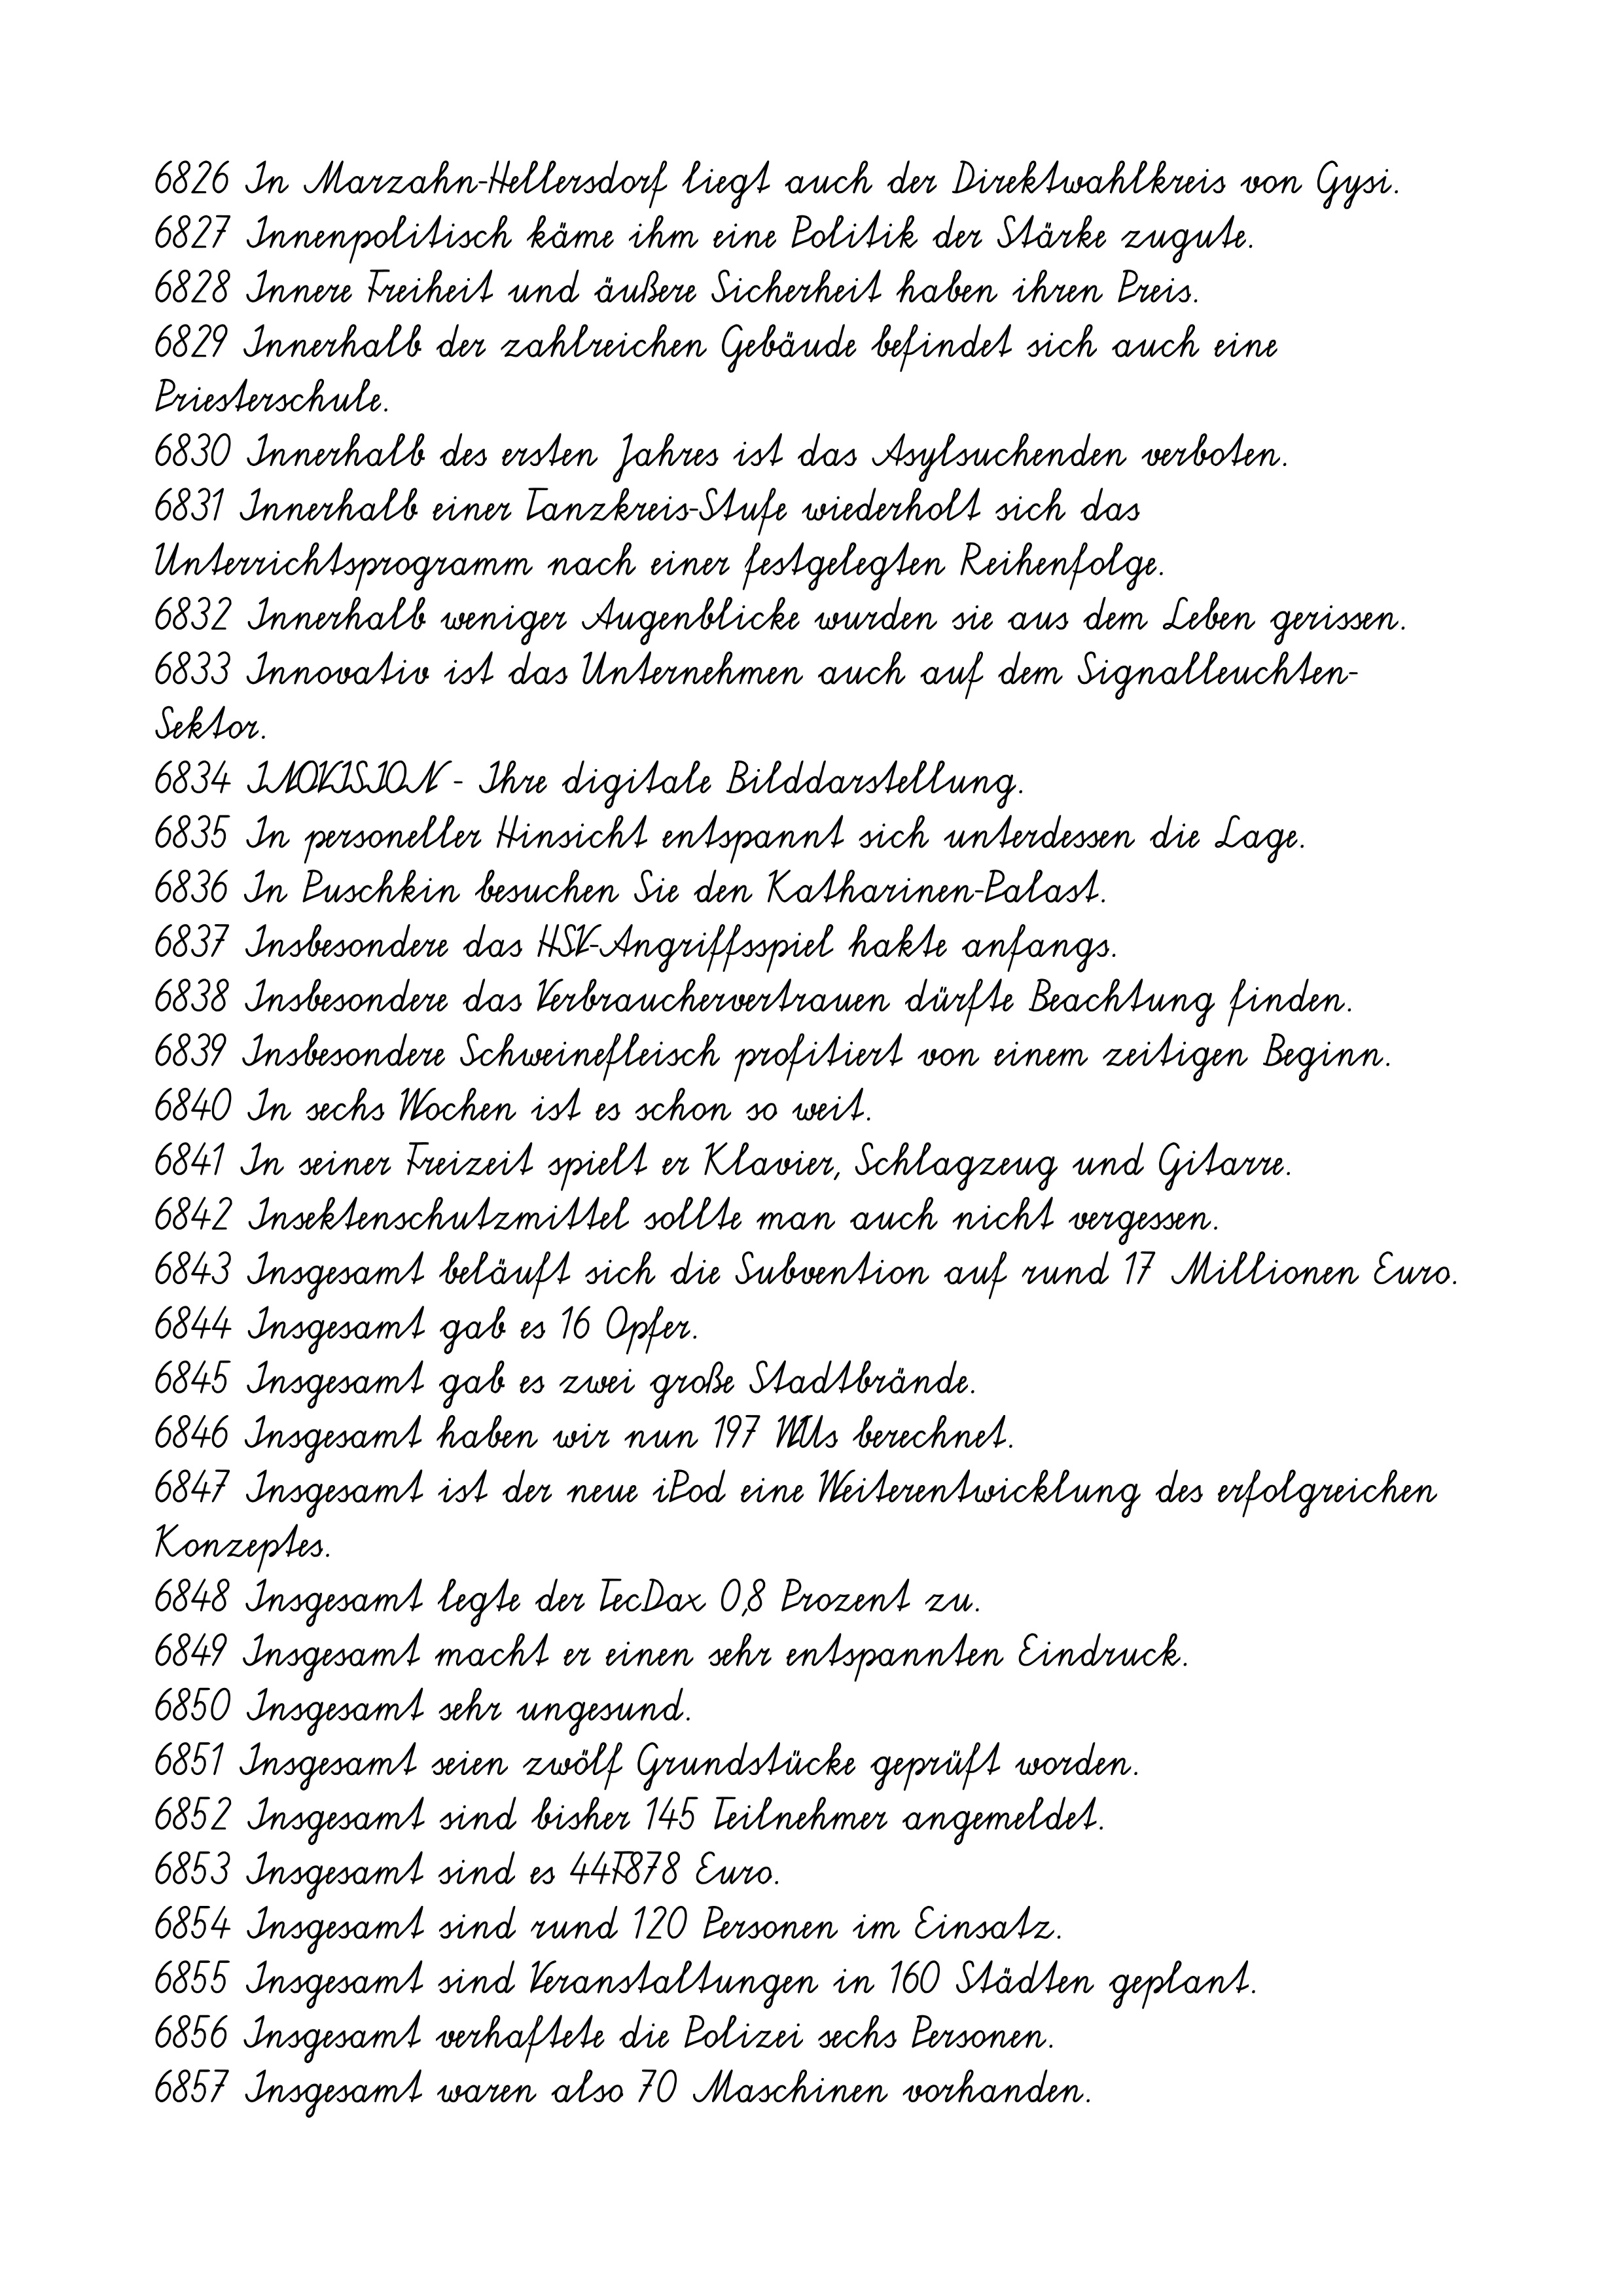
6826 In Marzahn-Hellersdorf liegt auch der Direktwahlkreis von Gysi.
6827 Innenpolitisch käme ihm eine Politik der Stärke zugute.
6828 Innere Freiheit und äußere Sicherheit haben ihren Preis.
6829 Innerhalb der zahlreichen Gebäude befindet sich auch eine
Priesterschule.
6830 Innerhalb des ersten Jahres ist das Asylsuchenden verboten.
6831 Innerhalb einer Tanzkreis-Stufe wiederholt sich das
Unterrichtsprogramm nach einer festgelegten Reihenfolge.
6832 Innerhalb weniger Augenblicke wurden sie aus dem Leben gerissen.
6833 Innovativ ist das Unternehmen auch auf dem Signalleuchten-
Sektor.
6834 INOVISION - Ihre digitale Bilddarstellung.
6835 In personeller Hinsicht entspannt sich unterdessen die Lage.
6836 In Puschkin besuchen Sie den Katharinen-Palast.
6837 Insbesondere das HSV-Angriffsspiel hakte anfangs.
6838 Insbesondere das Verbrauchervertrauen dürfte Beachtung finden.
6839 Insbesondere Schweinefleisch profitiert von einem zeitigen Beginn.
6840 In sechs Wochen ist es schon so weit.
6841 In seiner Freizeit spielt er Klavier, Schlagzeug und Gitarre.
6842 Insektenschutzmittel sollte man auch nicht vergessen.
6843 Insgesamt beläuft sich die Subvention auf rund 17 Millionen Euro.
6844 Insgesamt gab es 16 Opfer.
6845 Insgesamt gab es zwei große Stadtbrände.
6846 Insgesamt haben wir nun 197 WUs berechnet.
6847 Insgesamt ist der neue iPod eine Weiterentwicklung des erfolgreichen
Konzeptes.
6848 Insgesamt legte der TecDax 0,8 Prozent zu.
6849 Insgesamt macht er einen sehr entspannten Eindruck.
6850 Insgesamt sehr ungesund.
6851 Insgesamt seien zwölf Grundstücke geprüft worden.
6852 Insgesamt sind bisher 145 Teilnehmer angemeldet.
6853 Insgesamt sind es 44F878 Euro.
6854 Insgesamt sind rund 120 Personen im Einsatz.
6855 Insgesamt sind Veranstaltungen in 160 Städten geplant.
6856 Insgesamt verhaftete die Polizei sechs Personen.
6857 Insgesamt waren also 70 Maschinen vorhanden.